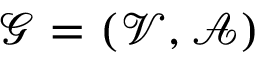
\mathcal { G } = ( \mathcal { V } , \mathcal { A } )